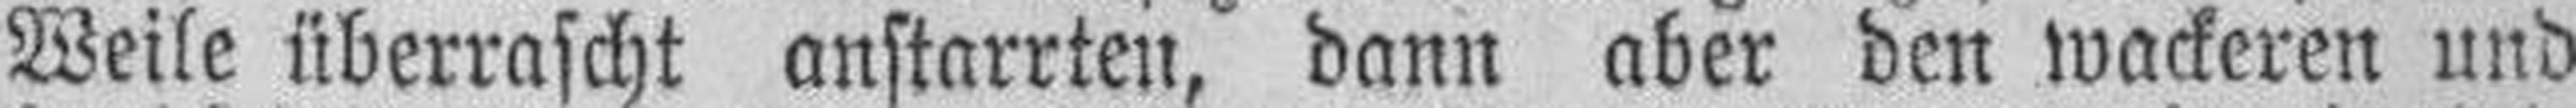
Weile überrascht anstarrten, dann aber den wackeren und